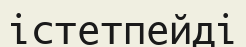
істетпейді